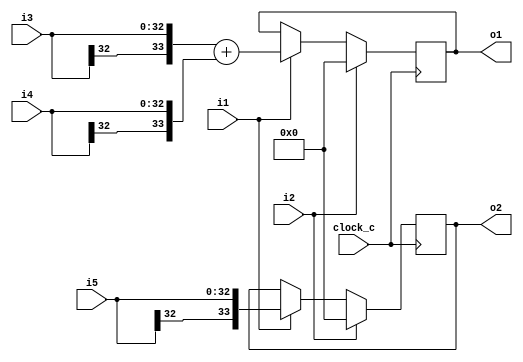
module cf_fir_24_16_16_11 (clock_c, i1, i2, i3, i4, i5, o1, o2);
input  clock_c;
input  i1;
input  i2;
input  [32:0] i3;
input  [32:0] i4;
input  [32:0] i5;
output [33:0] o1;
output [33:0] o2;
wire   n1;
wire   [33:0] n2;
wire   n3;
wire   [33:0] n4;
wire   [33:0] n5;
reg    [33:0] n6;
wire   n7;
wire   [33:0] n8;
reg    [33:0] n9;
assign n1 = i3[32];
assign n2 = {n1, i3};
assign n3 = i4[32];
assign n4 = {n3, i4};
assign n5 = n2 + n4;
always @ (posedge clock_c)
begin
  if (i2 == 1'b1)
    n6 <= 34'b0000000000000000000000000000000000;
  else if (i1 == 1'b1)
    n6 <= n5;
  if (i2 == 1'b1)
    n9 <= 34'b0000000000000000000000000000000000;
  else if (i1 == 1'b1)
    n9 <= n8;
end
assign n7 = i5[32];
assign n8 = {n7, i5};
assign o2 = n9;
assign o1 = n6;
endmodule